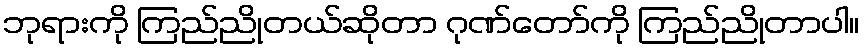
ဘုရားကို ကြည်ညိုတယ်ဆိုတာ ဂုဏ်တော်ကို ကြည်ညိုတာပါ။